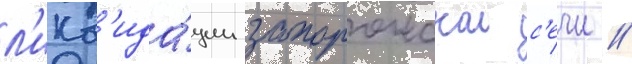
л'икв'ида́ции запорожскои с'ечи //